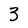
Character: 3